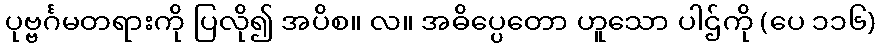
ပုဗ္ဗင်္ဂမတရားကို ပြလို၍ အပိစ။ လ။ အဓိပ္ပေတော ဟူသော ပါဌ်ကို (ပေ ၁၁၆)